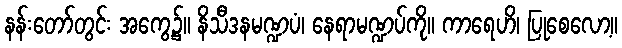
နန်းတော်တွင်း အကွေ့၌။ နိသီဒနမဏ္ဍပံ၊ နေရာမဏ္ဍပ်ကို။ ကာရေဟိ၊ ပြုစေလော့။